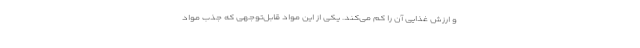
و ارزش غذایی آن را کم می‌کند. یکی از این مواد قابل‌توجهی که جذب مواد